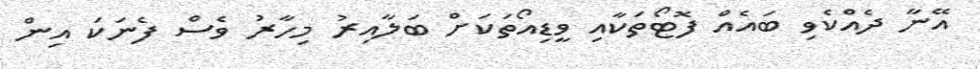
އޭނާ ދެއްކެވި ބައެއް ފޮޓޯތަކާއި ވީޑިއޯތަކަށް ބަލާއިރު މިހާރު ވެސް ފެނަކަ އިން